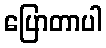
ပြောတာပါ